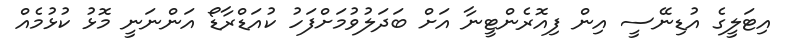
އިޓަލީގެ އުޑިނޭސީ އިން ފިއޮރެންޓީނާ އަށް ބަދަލުވުމަށްފަހު ކުއަޑްރާޑޯ އަންނަނީ މޮޅު ކުޅުމެއް